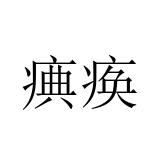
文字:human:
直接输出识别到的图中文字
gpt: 痶痪